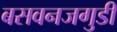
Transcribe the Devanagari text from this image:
बसवनजगुडी